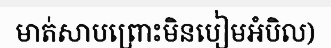
មាត់សាបព្រោះមិនបៀមអំបិល)